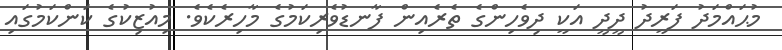
މުޙައްމަދު ފަރީދު ދީދީ އަކީ ދިވެހިންގެ ތެރެއިން ފާނޑުވެރިކަމުގެ މާހިރެކެވެ. މިއުޒިކުގެ ކަންކަމުގައި